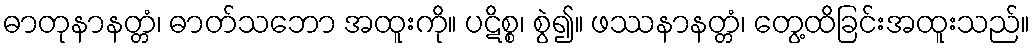
ဓာတုနာနတ္တံ၊ ဓာတ်သဘော အထူးကို။ ပဋိစ္စ၊ စွဲ၍။ ဖဿနာနတ္တံ၊ တွေ့ထိခြင်းအထူးသည်။